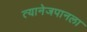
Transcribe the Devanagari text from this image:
त्यानेजपानला